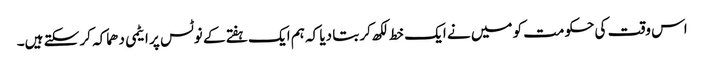
اس وقت کی حکومت کو میں نے ایک خط لکھ کر بتا دیا کہ ہم ایک ہفتے کے نوٹس پر ایٹمی دھماکہ کر سکتے ہیں۔